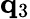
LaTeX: \mathbf{q}_{3}